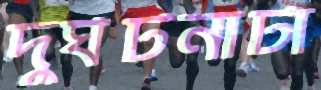
দুর্ঘটনাটা